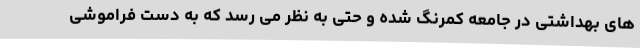
های بهداشتی در جامعه کمرنگ شده و حتی به نظر می رسد که به دست فراموشی